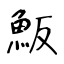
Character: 魬